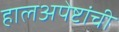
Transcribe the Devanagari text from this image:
हालअपेष्टांची